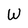
Character: W